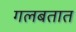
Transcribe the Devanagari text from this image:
गलबतात